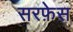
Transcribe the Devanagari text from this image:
सरफ़ेस